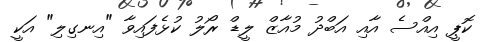
ކޮޕީ އިއްސެ އާއި އަބްދު މުއާޒް ލީޑް ރޯލު ކުޅެފައިވާ "އިނގިލި" އަކީ